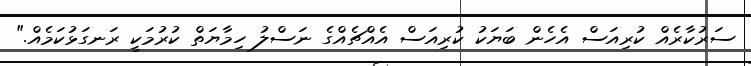
ސަރުކާރެއް ކުރިއަސް އެހެން ބަޔަކު ކުރިއަސް އެއްޗެއްގެ ނަސްލު ހިމާޔަތް ކުރުމަކީ ރަނގަޅުކަމެއް."